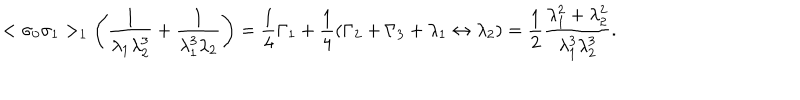
LaTeX: < \sigma _ { 0 } \sigma _ { 1 } > _ { 1 } \left( { \frac { 1 } { \lambda _ { 1 } \lambda _ { 2 } ^ { 3 } } } + { \frac { 1 } { \lambda _ { 1 } ^ { 3 } \lambda _ { 2 } } } \right) = { \frac { 1 } { 4 } } \Gamma _ { 1 } + { \frac { 1 } { 4 } } ( \Gamma _ { 2 } + \Gamma _ { 3 } + \lambda _ { 1 } \leftrightarrow \lambda _ { 2 } ) = { \frac { 1 } { 2 } } { \frac { \lambda _ { 1 } ^ { 2 } + \lambda _ { 2 } ^ { 2 } } { \lambda _ { 1 } ^ { 3 } \lambda _ { 2 } ^ { 3 } } } .